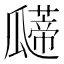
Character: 𰢠